Report of the Imperial Institute of Veterinary Research, Muktesar
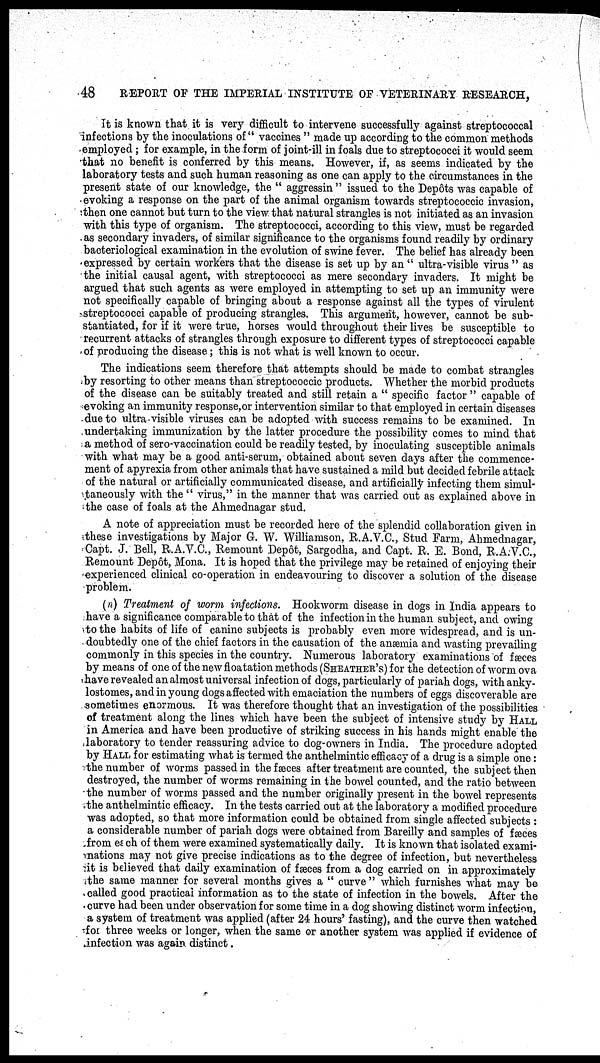
48
REPORT OF THE IMPERIAL INSTITUTE OF VETERINARY RESEARCH,
It is known that it is very difficult to intervene successfully against streptococcal
infections by the inoculations of" vaccines " made up according to the common methods
employed; for example, in the form of joint-ill in foals due to streptococci it would seem
that no benefit is conferred by this means. However, if, as seems indicated by the
laboratory tests and such human reasoning as one can apply to the circumstances in the
present state of our knowledge, the " aggressin" issued to the Depôts was capable of
evoking a response on the part of the animal organism towards streptococcic invasion,
then one cannot but turn to the view that natural strangles is not initiated as an invasion
with this type of organism. The streptococci, according to this view, must be regarded
as secondary invaders, of similar significance to the organisms found readily by ordinary
bacteriological examination in the evolution of swine fever. The belief has already been
expressed by certain workers that the disease is set up by an " ultra-visible virus " as
the initial causal agent, with streptococci as mere secondary invaders. It might be
argued that such agents as were employed in attempting to set up an immunity were
not specifically capable of bringing about a response against all the types of virulent
streptococci capable of producing strangles. This argument, however, cannot be sub-
stantiated, for if it were true, horses would throughout their lives be susceptible to
recurrent attacks of strangles through exposure to different types of streptococci capable
of producing the disease; this is not what is well known to occur.
The indications seem therefore that attempts should be made to combat strangles
by resorting to other means than streptococcic products. Whether the morbid products
of the disease can be suitably treated and still retain a " specific factor " capable of
evoking an immunity response,or intervention similar to that employed in certain diseases
due to ultra-visible viruses can be adopted with success remains to be examined. In
undertaking immunization by the latter procedure the possibility comes to mind that
a method of sero-vaccination could be readily tested, by inoculating susceptible animals
with what may be a good anti-serum, obtained about seven days after the commence-
ment of apyrexia from other animals that have sustained a mild but decided febrile attack
of the natural or artificially communicated disease, and artificially infecting them simul-
taneously with the " virus," in the manner that was carried out as explained above in
the case of foals at the Ahmednagar stud.
A note of appreciation must be recorded here of the splendid collaboration given in
these investigations by Major G. W. Williamson, R.A.V.C., Stud Farm, Ahmednagar,
Capt. J. Bell, R.A.V.C., Remount Depôt, Sargodha, and Capt. R. E. Bond, R.A.V.C.,
Remount Depôt, Mona. It is hoped that the privilege may be retained of enjoying their
experienced clinical co-operation in endeavouring to discover a solution of the disease
problem.
(n) Treatment of worm infections. Hookworm disease in dogs in India appears to
have a significance comparable to that of the infection in the human subject, and owing
to the habits of life of canine subjects is probably even more widespread, and is un-
doubtedly one of the chief factors in the causation of the anæmia and wasting prevailing
commonly in this species in the country. Numerous laboratory examinations of fæces
by means of one of the new floatation methods (SHEATHER' S) for the detection of worm ova
have revealed an almost universal infection of dogs, particularly of pariah dogs, with anky¬
lostomes, and in young dogs affected with emaciation the numbers of eggs discoverable are
sometimes enormous. It was therefore thought that an investigation of the possibilities
of treatment along the lines which have been the subject of intensive study by HALL
in America and have been productive of striking success in his hands might enable the
laboratory to tender reassuring advice to dog-owners in India. The procedure adopted
by HALL for estimating what is termed the anthelmintic efficacy of a drug is a simple one:
the number of worms passed in the fæces after treatment are counted, the subject then
destroyed, the number of worms remaining in the bowel counted, and the ratio between
the number of worms passed and the number originally present in the bowel represents
the anthelmintic efficacy. In the tests carried out at the laboratory a modified procedure
was adopted, so that more information could be obtained from single affected subjects :
a considerable number of pariah dogs were obtained from Bareilly and samples of fæces
from each of them were examined systematically daily. It is known that isolated exami-
nations may not give precise indications as to the degree of infection, but nevertheless
it is believed that daily examination of fæces from a dog carried on in approximately
the same manner for several months gives a " curve" which furnishes what may be
called good practical information as to the state of infection in the bowels. After the
curve had been under observation for some time in a dog showing distinct worm infection,
a system of treatment was applied (after 24 hours' fasting), and the curve then watched
for three weeks or longer, when the same or another system was applied if evidence of
infection was again distinct.